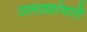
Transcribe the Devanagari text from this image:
उलट्यांवाटे